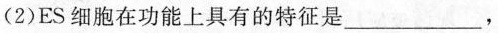
(2)ES细胞在功能上具有的特征是___，